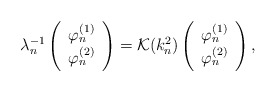
\begin{align*} \lambda_n^{-1} \left( \begin{array}{c}\varphi^{(1)}_n\\\varphi^{(2)}_n\end{array}\right) =\mathcal{K} (k_n^2) \left( \begin{array}{c}\varphi^{(1)}_n\\\varphi^{(2)}_n \end{array} \right) , \end{align*}